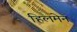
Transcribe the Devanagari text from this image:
हिलमेन